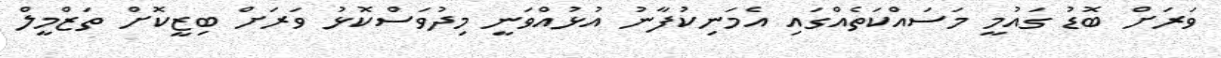
ވަރަށް ބޮޑު ގައުމީ މަސައްކަތެއްގައި އެމަނިކުފާނު އުޅުއްވަނީ މިދުވަސްކޮޅު ވަރަށް ބިޒީކޮށް ތަޒްމީލް